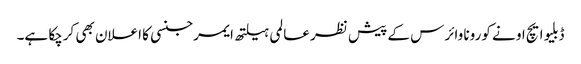
ڈبلیو ایچ او نے کورونا وائرس کے پیش نظر عالمی ہیلتھ ایمرجنسی کا اعلان بھی کرچکا ہے۔